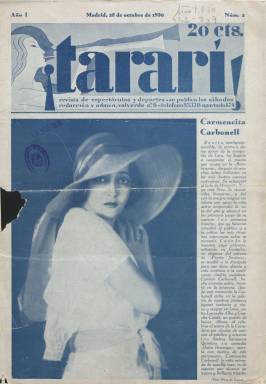
Título: ¡Tararí! (Madrid)
Colección: Espectáculos || Deportes
Ámbito geográfico: Madrid
Lugar de publicación: Madrid
Fechas: 25/10/1930-30/04/1936

Revista dedicada al mundo del espectáculo en general, incluido el deporte, que comienza a publicarse en 1930, con un gran formato al principio, y que con una frecuencia semanal (salía los jueves) seguirá haciéndolo ininterrumpidamente hasta 1936. Combina la información sobre el subgénero de las varietés, el cabaret o la canción española, con los estrenos teatrales de los más destacados autores de la época, como podía ser Federico García Lorca, o la información sobre el nuevo espectáculo del cine o las corridas de toros.

Se trata de una revista, mezcla entre la prensa festiva y atrevida con la publicación de fotografías de semidesnudos de las artistas del mundo de la farándula, e informaciones más intelectualizadas, como podía ser la referencia a uno de los homenajes tributados a don Miguel de Unamuno.

Su edición es una empresa decidida propia de la apertura del periodo republicano, con dificultades frente a “enemigos morales” a los que sin duda debió verse sometida, de León Vidaller, que fue su propietario y director y que residía en Madrid. Pero la publicación tuvo también redacción y administración en Barcelona, en donde era asimismo impresa en los Talleres Gráfica Minerva. Tuvo secciones específicas para cada una de estas dos capitales y pretendió ser una revista de espectáculos de toda España.

Juan Miguel Sánchez Vigil (2008) da una nómina de sus redactores y colaboradores en la que incluye a Luis Machado, P. Muñoz Delgado, Gutiérrez Navas, Antonio de Salazar, Benjamín López, Francisco Bruno de Perinat, Julio Sacedón, José Atienza, César Abeytua o Leoncio Delgado Barrero (hijo). Prudencio Muñoz firma la sección El teatro en Madrid, y V. Carreras Martínez, la de El teatro en Barcelona. También colabora Valentín Andrés Álvarez, que en 1929 había publicado una farsa cómica teatral con este mismo título: ¡Tararí! Previamente, en 1915, en Barcelona se había publicado un revista de “toros y otras cosas” con la misma cabecera.

Como revista profusamente ilustrada, destaca en sus páginas las fotografías de Mendoza, el más importante del periodo especializado en desnudos, pero también publican otros asimismo destacados fotógrafos, como Alfonso, Sauz, Luque, Galán, Coyne, Venus, o el zaragozano Joaquín Oña Gorri. Junto a numerosas fotografías con entrevistas, relatos y otros textos de artistas de cine, teatro, cabaret o del music-hall, ofrece también una Guía de artistas, subdivida en las de varietés, zarzuela y revistas y vodevil, junto a otra de modistos y de taurinos, con indicación de domicilio y teléfono.

Inserta también abundante publicidad comercial, y para su estampación unos cuadernillos están impresos en tinta azul y otros en negra, y al igual que su cabecera, para la redacción de  muchos de los títulos destaca también la licencia de hacerlo sólo en minúsculas. Su colección completa debe estar formada por ocho volúmenes.